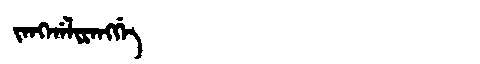
Manchu: ᠵᠠᠩᡤᠠᠯᡳᡵᠠᠩᡤᡝ
Romanization: JANGGALIRANGGE